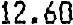
12.60